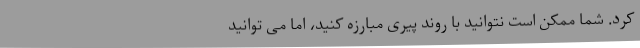
کرد. شما ممکن است نتوانید با روندِ پیری مبارزه کنید، اما می توانید